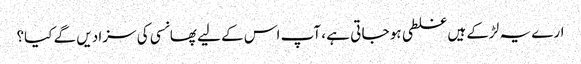
ارے یہ لڑکے ہیں غلطی ہو جا تی ہے ، آپ اس کے لیے پھانسی کی سزا دیں گے کیا؟